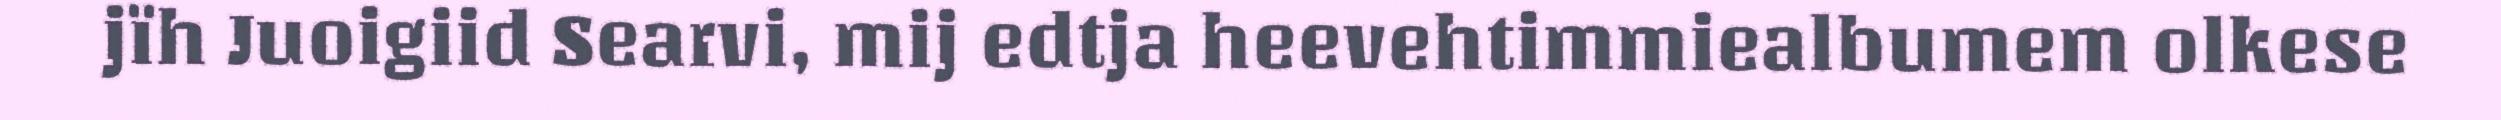
jïh Juoigiid Searvi, mij edtja heevehtimmiealbumem olkese